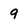
Character: 9